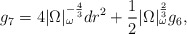
\begin{align*} g_7 = 4|\Omega|_\omega^{-\frac{4}{3}} dr^2 + \frac{1}{2}|\Omega|_\omega^\frac{2}{3} g_6,\end{align*}